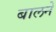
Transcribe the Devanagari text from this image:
बालने